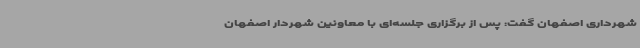
شهرداری اصفهان گفت: پس از برگزاری جلسه‌ای با معاونین شهردار اصفهان